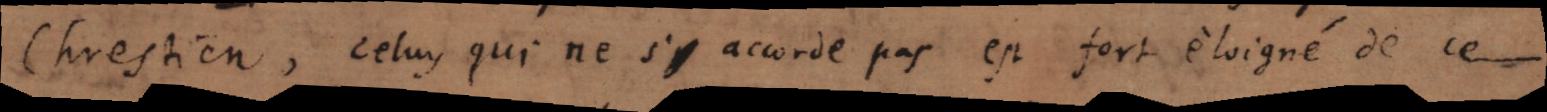
Chrestien, celuy qui ne s’y accorde pas est fort eloigné de ce